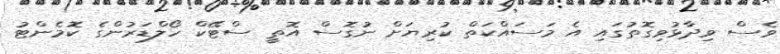
ވެސް ވިދާޅުވިގޮތުގައި އެ މަސައްކަތް ކުރިޔަށް ނުގޮސް އޮތީ ސްޓޭކް ހޯލްޑަރުންގެ ކޮމެންޓު